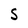
Character: S